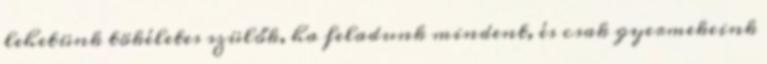
lehetünk tökéletes szülők, ha feladunk mindent, és csak gyermekeink